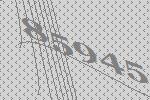
85945